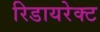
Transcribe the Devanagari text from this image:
रिडायरेक्ट